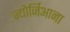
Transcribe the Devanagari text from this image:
ज्योर्जिआना